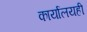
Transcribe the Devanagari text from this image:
कार्यालयही